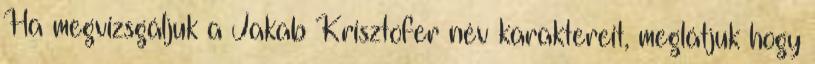
Ha megvizsgáljuk a Jakab Krisztofer név karaktereit, meglátjuk hogy